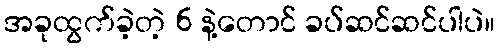
အခုထွက်ခဲ့တဲ့ 6 နဲ့တောင် ခပ်ဆင်ဆင်ပါပဲ။